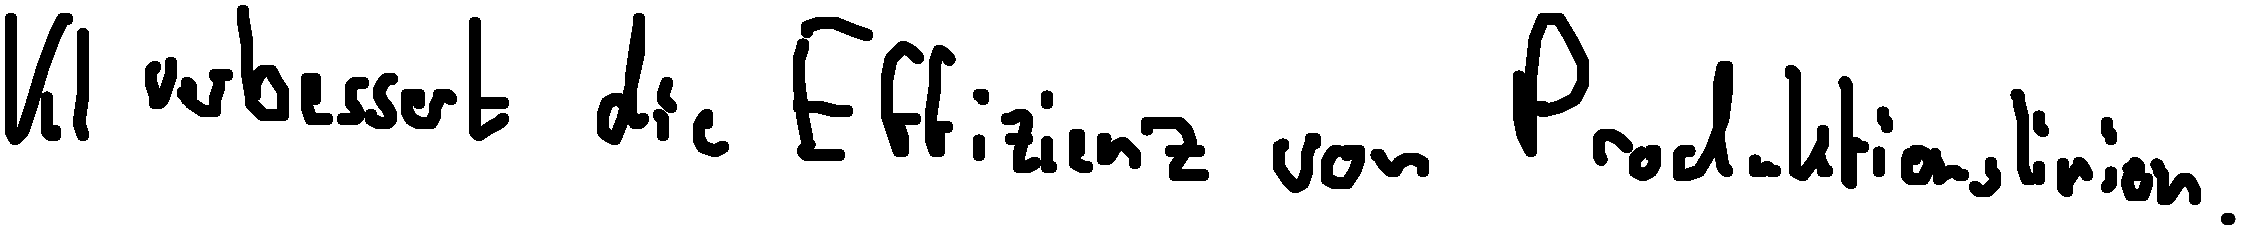
KI verbessert die Effizienz von Produktionslinien.